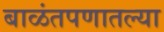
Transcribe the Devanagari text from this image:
बाळंतपणातल्या